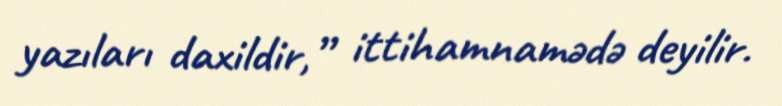
yazıları daxildir,” ittihamnamədə deyilir.